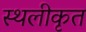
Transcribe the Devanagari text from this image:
स्थलीकृत